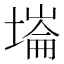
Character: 𡐇